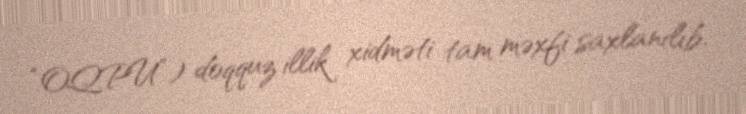
“OQPU”) doqquz illik xidməti tam məxfi saxlanılıb.